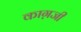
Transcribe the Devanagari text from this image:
काग़जी